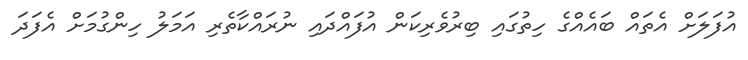
އުފަލަށް އެތައް ބައެއްގެ ހިތުގައި ބިރުވެރިކަން އުފައްދައި ނުރައްކާތެރި އަމަލު ހިންގުމަށް އެފަދަ